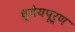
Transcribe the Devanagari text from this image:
ध्येयपूर्ण